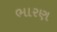
ભારણ